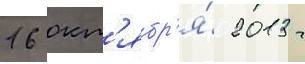
16 окт'ябр'я́ 2013 г